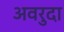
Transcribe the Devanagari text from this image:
अवरुदा